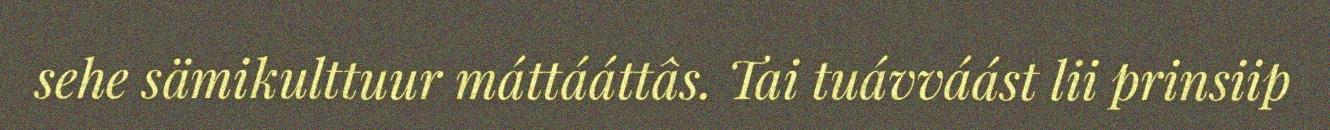
sehe sämikulttuur máttááttâs. Tai tuávváást lii prinsiip